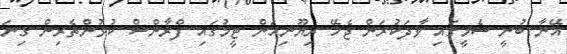
އޭނާ ބުނީ ސެމީގައި ވާދަކުރަން ޖެހޭ ރިޔޫނިއަން ޓީމުގައި ފްރާންސް ކުޅުންތެރިން ގިނަ